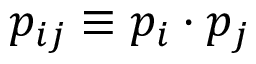
p _ { i j } \equiv p _ { i } \cdot p _ { j }